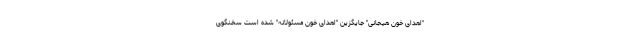
"اهدای خونِ هیجانی" جایگزین "اهدای خونِ مسئولانه" شده است سخنگوی